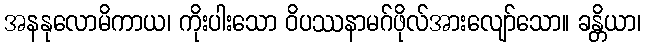
အနနုလောမိကာယ၊ ကိုးပါးသော ဝိပဿနာမဂ်ဖိုလ်အားလျော်သော။ ခန္တိယာ၊